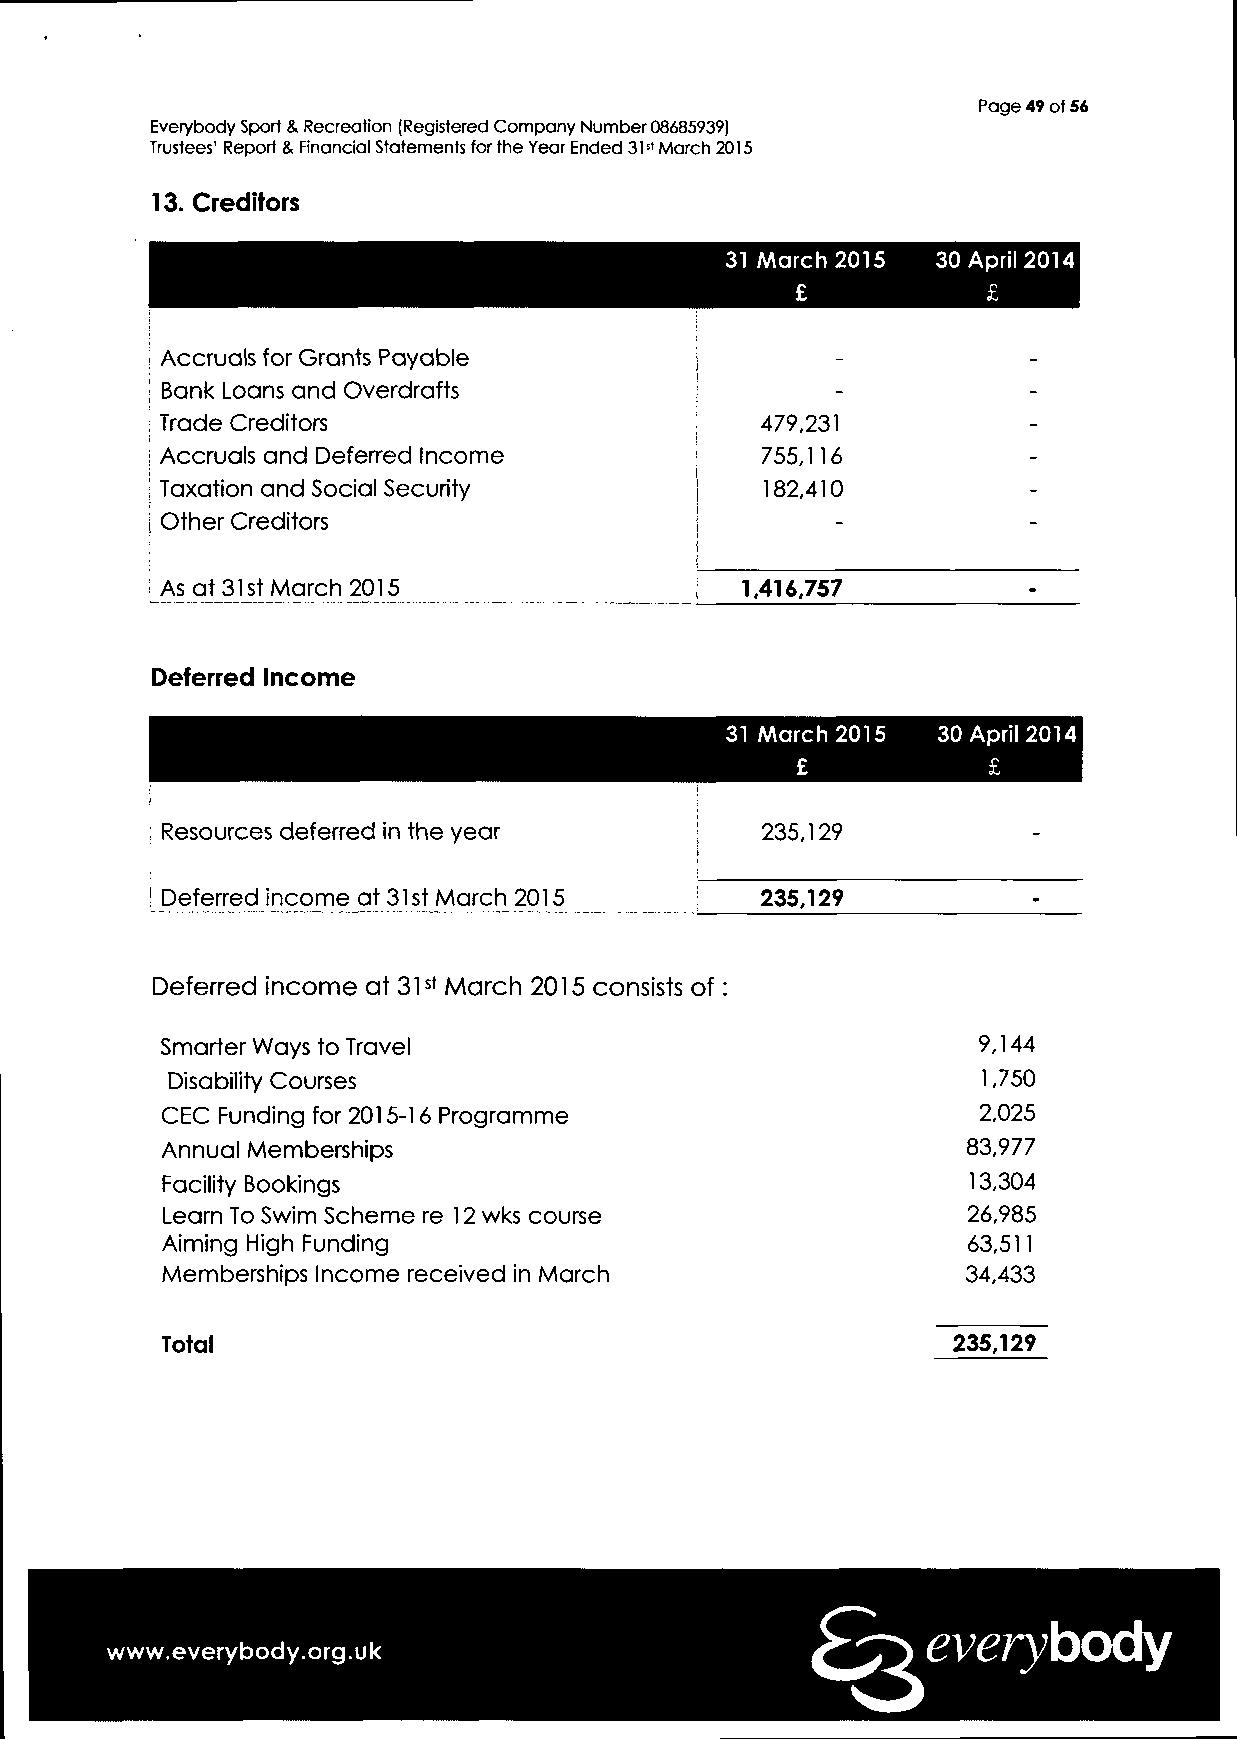
Page 49 of 56
 Everybody Sport & Recreation (Registered Company Number 08685939)
 Trustees' Report & Financial Statements for the Year Ended 31st March 2015
 13. Creditors
 31 March 2015 30 April 2014
 £           £
 Accruals for Grants Payable
 Bank Loans and Overdrafts
 Trade Creditors                        479,231
 Accruals and Deferred Income           755,116
 Taxation and Social Security            182,410
 Other Creditors
 As at 31st March 2015                 1.416.757
 Deferred Income
 31 March 2015 30 April 2014
 £           £
 Resources deferred in the year         235,129
 Deferred income at 31 st March 2015    235,129
 Deferred income at 31st March 2015 consists of
 Smarter Ways to Travel                                9,144
 Disability Courses                                    1,750
 2,025
 CEC Funding for 2015-16 Programme
 83,977
 Annual Memberships
 13,304
 Facility Bookings
 26,985
 Learn To Swim Scheme re 12 wks course
 Aiming High Funding                                  63,511
 Memberships Income received in March                 34,433
 Total                                               235,129
 everybody
 www.everybody.org.uk